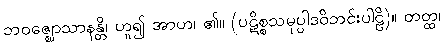
ဘဝဇ္ဈောသာနန္တိ၊ ဟူ၍ အာဟ၊ ၏။ (ပဋိစ္စသမုပ္ပါဒဝိဘင်းပါဠိ)။ တတ္ထ၊